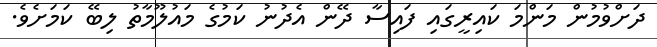
ދަށްވުމުން މަންމަ ކައިރީގައި ފައިސާ ދޭން އެދުނު ކަމުގެ މައުލޫމާތު ލިބޭ ކަމަށެވެ.